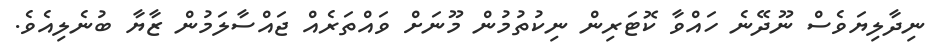
ނިދާލިޔަވެސް ނޫދޭނެ ހައްވާ ކޮޓަރިން ނިކުތުމުން މޫނަށް ވައްތަރެއް ޖައްސާލަމުން ޒާޔާ ބުނެލިއެވެ.